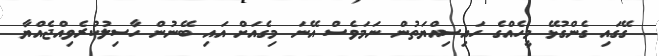
ގޭގައި ގެންގުޅޭ މީހެއްގެ ހައިސިއްޔަތުން ނަމަވެސް އޭނަ މިގެއަށް އައި ބޭނުން ހާސިލުކުރެވިއްޖެއްޔާ